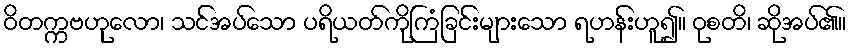
ဝိတက္ကဗဟုလော၊ သင်အပ်သော ပရိယတ်ကိုကြံခြင်းများသော ရဟန်းဟူ၍။ ဝုစတိ၊ ဆိုအပ်၏။